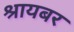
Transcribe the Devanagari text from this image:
श्रायबर